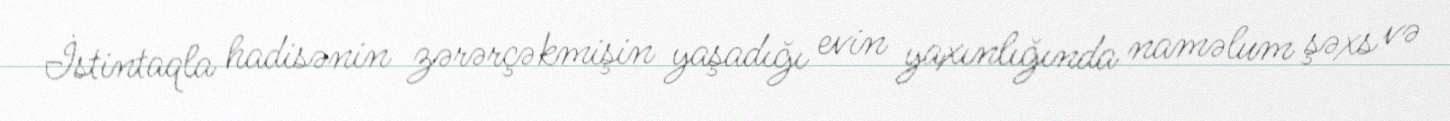
İstintaqla hadisənin zərərçəkmişin yaşadığı evin yaxınlığında naməlum şəxs və